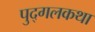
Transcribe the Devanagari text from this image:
पुद्गलकथा